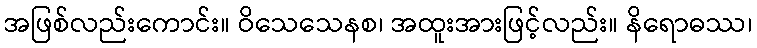
အဖြစ်လည်းကောင်း။ ဝိသေသေနစ၊ အထူးအားဖြင့်လည်း။ နိရောဓဿ၊